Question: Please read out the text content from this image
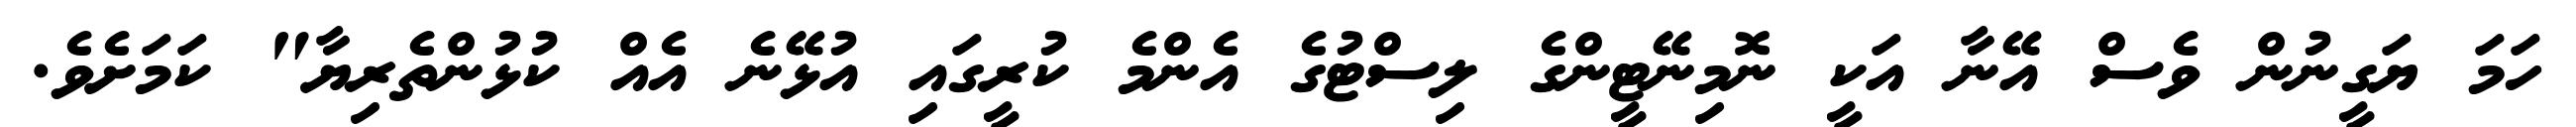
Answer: ހަމަ ޔަގީނުން ވެސް އޭނާ އަކީ ނޮމިނޭޓީންގެ ލިސްޓުގެ އެންމެ ކުރީގައި އުޅޭނެ އެއް ކުޅުންތެރިޔާ" ކަމަށެވެ.